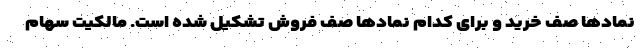
نمادها صف خرید و برای کدام نمادها صف فروش تشکیل شده است. مالکیت سهام